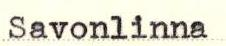
Savonlinna